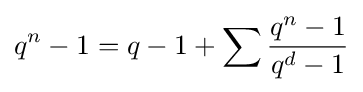
q^{n}-1=q-1+\sum {q^{n}-1 \over q^{d}-1}